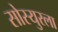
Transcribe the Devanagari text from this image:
सोस्युरला